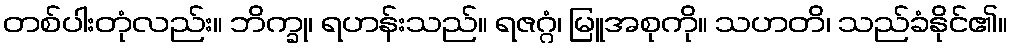
တစ်ပါးတုံလည်း။ ဘိက္ခု၊ ရဟန်းသည်။ ရဇဂ္ဂံ၊ မြူအစုကို။ သဟတိ၊ သည်ခံနိုင်၏။